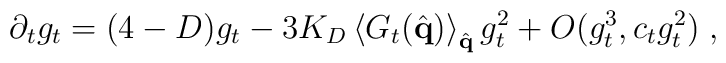
\partial_t g_t =  ( 4 - D) g_t - 3 K_D    \left\langle G_t ( \hat{\bf{q}} ) \right\rangle_{\hat{\bf{q}}} g_t^2 + O ( g_t^3 , c_t g_t^2) \; ,